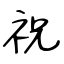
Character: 祝